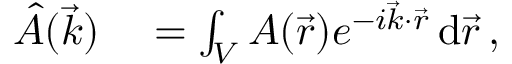
\begin{array} { r l } { \hat { A } ( \vec { k } ) } & { { } = \int _ { V } A ( \vec { r } ) e ^ { - i \vec { k } \cdot \vec { r } } \, \mathrm { d } \vec { r } \, , } \end{array}